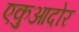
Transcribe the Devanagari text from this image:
एकुआदोर